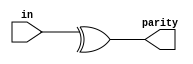
// This program was cloned from: https://github.com/Yvan-xy/verilog-doc
// License: GNU General Public License v2.0

module top_module (
    input [7:0] in,
    output parity); 
    assign parity = ^in[7:0];
endmodule